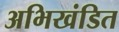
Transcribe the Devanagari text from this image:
अभिखंडित